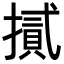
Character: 𢴧